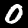
Digit: 0